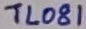
Text: TL081